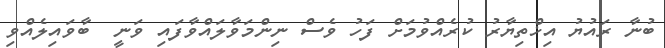
ބުނާ ރައުޔު އިޚްތިޔާރު ކުރެއްވުމަށް ފަހު ވެސް ނިންމަވާލައްވާފައި ވަނީ  ބާވައިލެއްވި